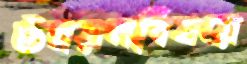
উন্নয়নবিষয়ে